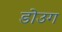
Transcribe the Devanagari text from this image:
डोउग